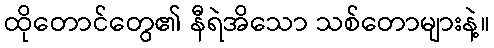
ထိုတောင်တွေ၏ နီရဲအိသော သစ်တောများနဲ့။